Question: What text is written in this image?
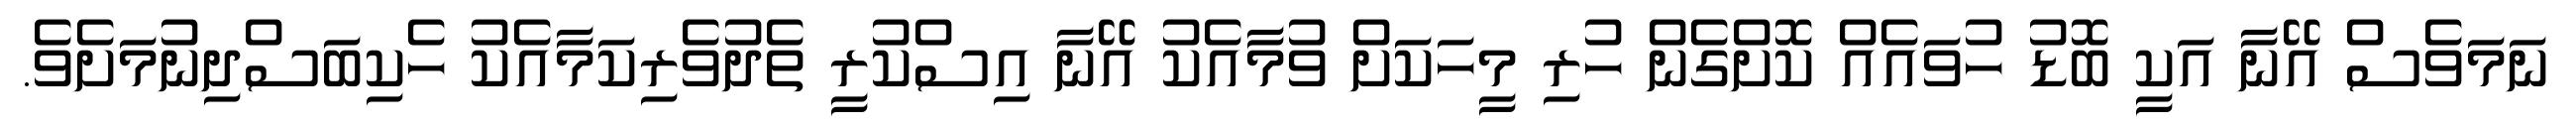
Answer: ނަމަވެސް އޭނާ އަކީ ބޮޑު ހުވައެއް ކޮށްގެން ހުރި މީހަކަށް ވުމާއެކު އޭނާ އިސްކުރީ ތެދުވެރިކަމާއެކު ހެކިބަސްދިނުމަށެވެ.